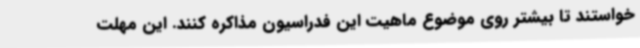
خواستند تا بیشتر روی موضوع ماهیت این فدراسیون مذاکره کنند. این مهلت